NAE_EAOK_eestikeelsed_sunnimeetrikad, lk 169
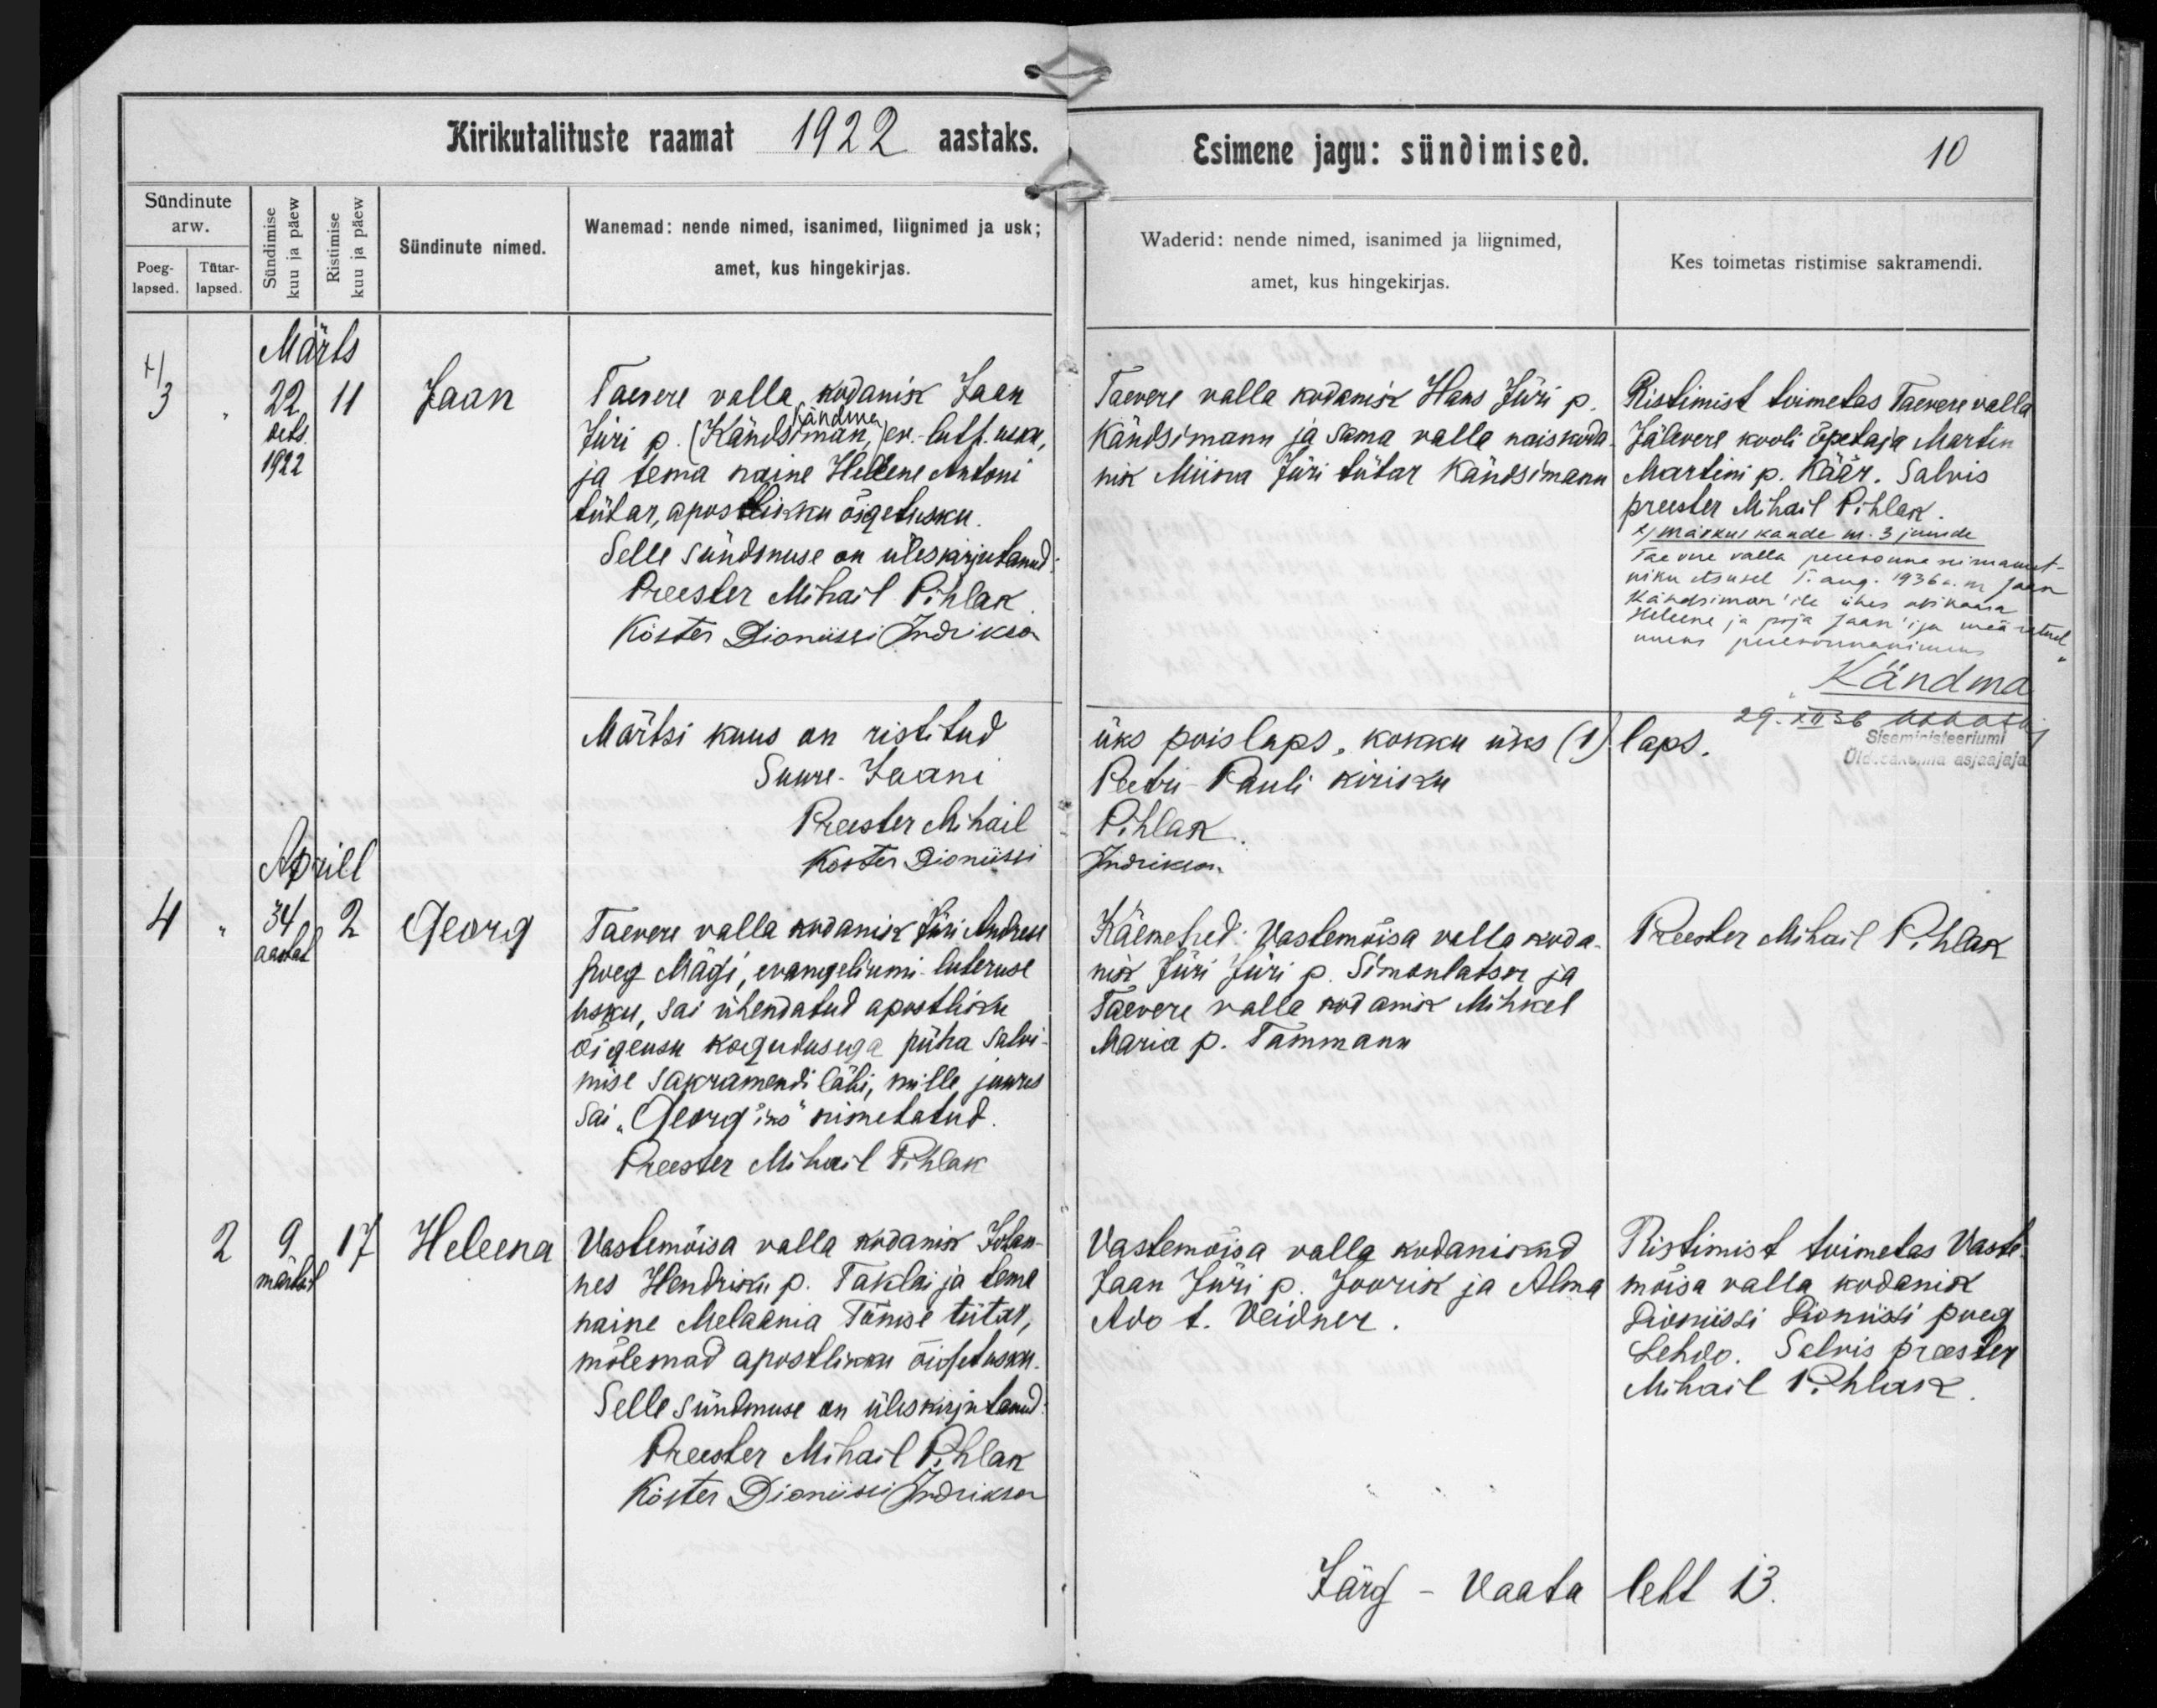
Jaan

Georg

Heleena

Taevere valla kodanik Jaan
Kändma
Jüri p. /Kändsman,/ ev.-luth usku,
ja tema naine Heleene Antoni
tütar, apostlikku õigetusku.

Taevere valla kodanik Jüri Andrese
poeg Mägi, evangeliumi luteruse
usku, sai ühendatud apostliku
õigeusu kogudusega püha salvi-
mise sakramendi läbi, mille juures
sai ,,Georg'iks" nimetatud.

Vastemõisa valla kodanik Johan-
nes Hendriku p. Taklai ja tema
naine Melaania Tõnise tütar,
mõlemad apostlikku õigetusku.